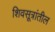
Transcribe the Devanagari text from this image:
शिवसूत्रांतील